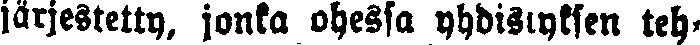
järjestetty, jonka ohessa yhdistyksen teh-